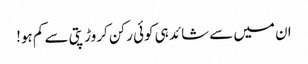
ان میں سے شائد ہی کوئی رکن کروڑ پتی سے کم ہو!